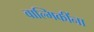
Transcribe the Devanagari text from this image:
वाल्मिकींना